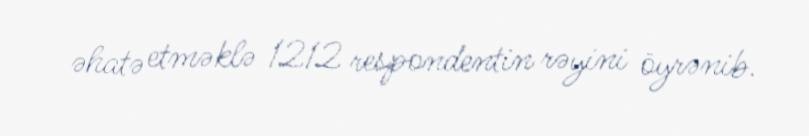
əhatə etməklə 1212 respondentin rəyini öyrənib.